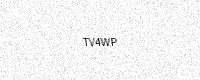
Text: TV4WP